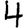
Digit: 4